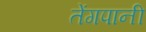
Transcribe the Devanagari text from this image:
तेंगपानी